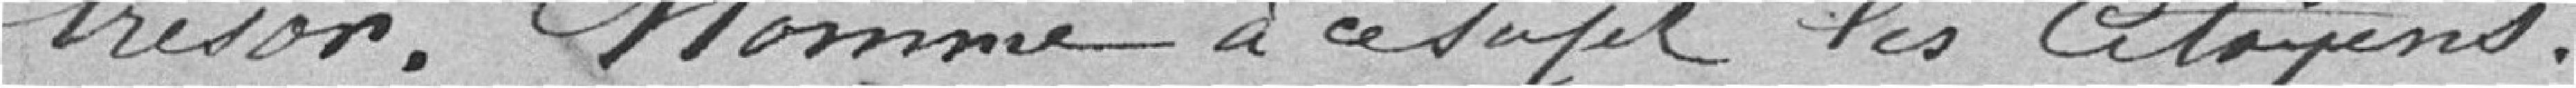
trésor. Nomme à ce sujet les Citoyens